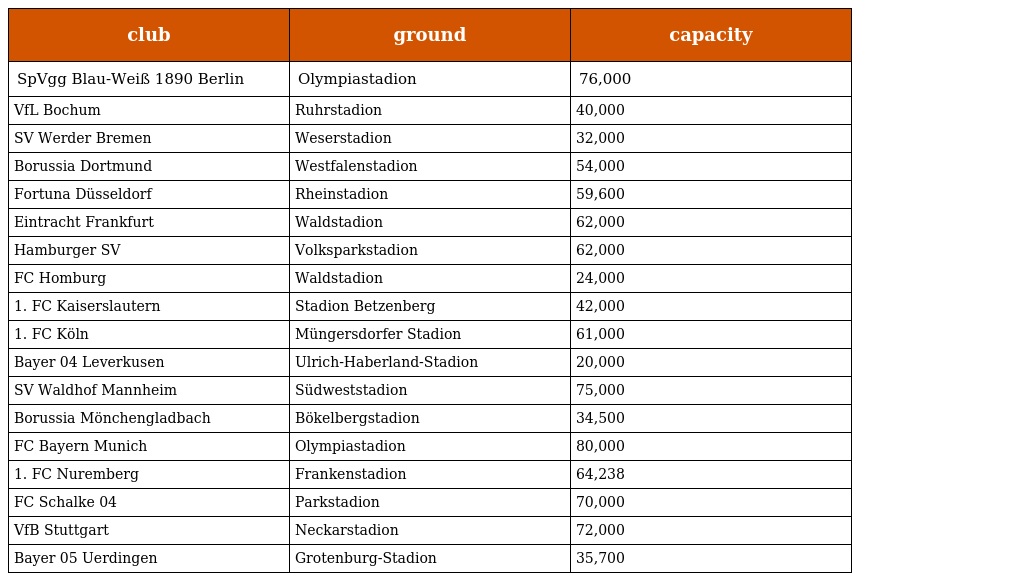
| club | ground | capacity |
 | --- | --- | --- |
 | SpVgg Blau-Weiß 1890 Berlin | Olympiastadion | 76,000 |
 | VfL Bochum | Ruhrstadion | 40,000 |
 | SV Werder Bremen | Weserstadion | 32,000 |
 | Borussia Dortmund | Westfalenstadion | 54,000 |
 | Fortuna Düsseldorf | Rheinstadion | 59,600 |
 | Eintracht Frankfurt | Waldstadion | 62,000 |
 | Hamburger SV | Volksparkstadion | 62,000 |
 | FC Homburg | Waldstadion | 24,000 |
 | 1. FC Kaiserslautern | Stadion Betzenberg | 42,000 |
 | 1. FC Köln | Müngersdorfer Stadion | 61,000 |
 | Bayer 04 Leverkusen | Ulrich-Haberland-Stadion | 20,000 |
 | SV Waldhof Mannheim | Südweststadion | 75,000 |
 | Borussia Mönchengladbach | Bökelbergstadion | 34,500 |
 | FC Bayern Munich | Olympiastadion | 80,000 |
 | 1. FC Nuremberg | Frankenstadion | 64,238 |
 | FC Schalke 04 | Parkstadion | 70,000 |
 | VfB Stuttgart | Neckarstadion | 72,000 |
 | Bayer 05 Uerdingen | Grotenburg-Stadion | 35,700 |